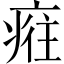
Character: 𤷮